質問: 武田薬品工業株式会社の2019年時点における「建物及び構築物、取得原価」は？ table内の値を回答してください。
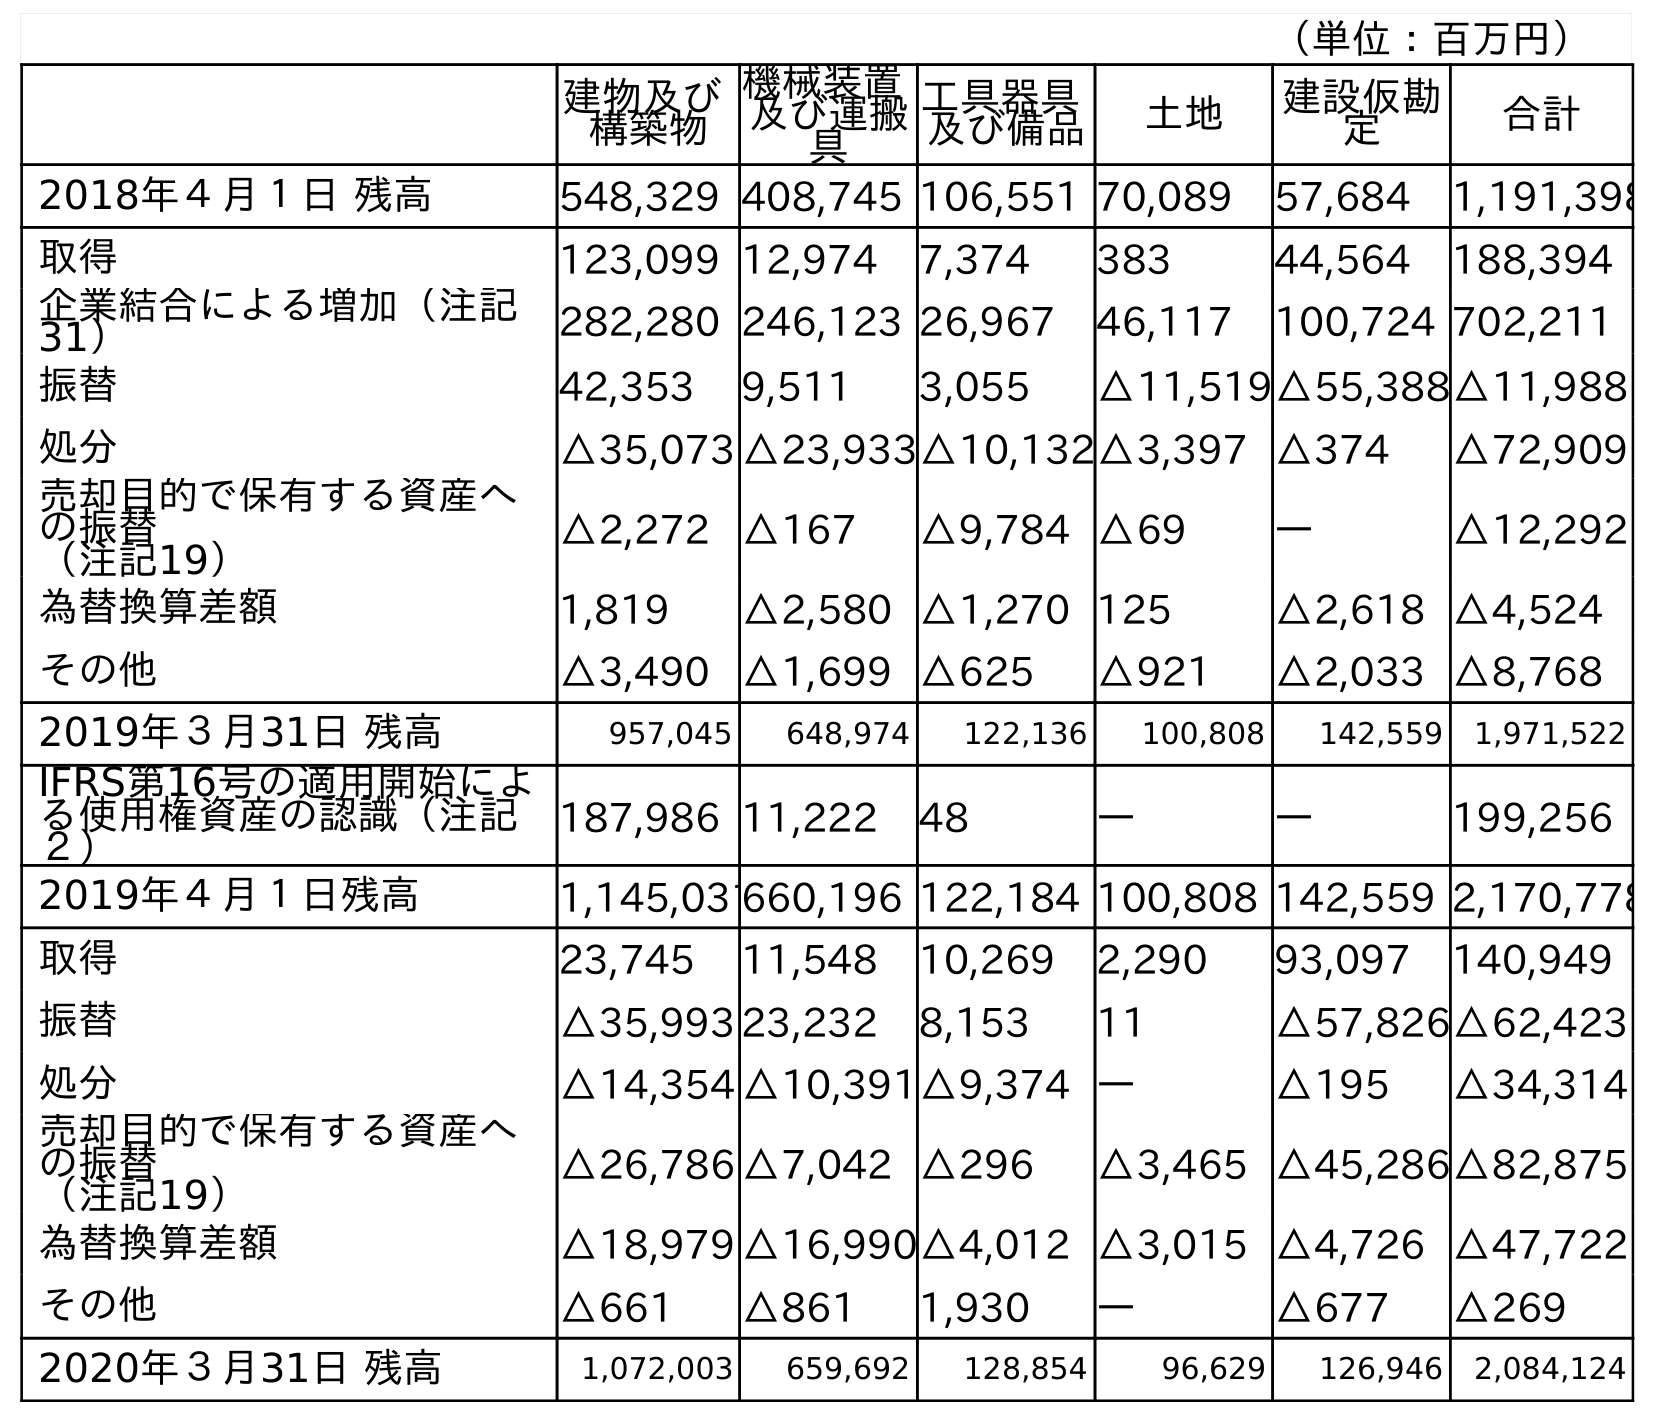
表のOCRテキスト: （単位：百万円） 建物及び 構築物 機械装置 及び運搬 具 工具器具 及び備品 土地 建設仮勘 定 合計 2018年４月１日 残高 548,329 408,745 106,551 70,089 57,684 1,191,398 取得 123,099 12,974 7,374 383 44,564 188,394 企業結合による増加（注記 31） 282,280 246,123 26,967 46,117 100,724 702,211 振替 42,353 9,511 3,055 △11,519△55,388△11,988 処分 △35,073 △23,933△10,132△3,397 △374 △72,909 売却目的で保有する資産へ の振替 （注記19） △2,272 △167 △9,784 △69 ― △12,292 為替換算差額 1,819 △2,580 △1,270 125 △2,618 △4,524 その他 △3,490 △1,699 △625 △921 △2,033 △8,768 2019年３月31日 残高 957,045 648,974 122,136 100,808 142,559 1,971,522 IFRS第16号の適用開始によ る使用権資産の認識（注記 ２） 187,986 11,222 48 ― ― 199,256 2019年４月１日残高 1,145,031660,196 122,184 100,808 142,559 2,170,778 取得 23,745 11,548 10,269 2,290 93,097 140,949 振替 △35,993 23,232 8,153 11 △57,826△62,423 処分 △14,354 △10,391△9,374 ― △195 △34,314 売却目的で保有する資産へ の振替 （注記19） △26,786 △7,042 △296 △3,465 △45,286△82,875 為替換算差額 △18,979 △16,990△4,012 △3,015 △4,726 △47,722 その他 △661 △861 1,930 ― △677 △269 2020年３月31日 残高 1,072,003 659,692 128,854 96,629 126,946 2,084,124
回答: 957,045